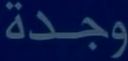
وجدة